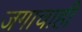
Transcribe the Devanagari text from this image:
जगाचाही